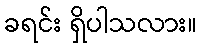
ခရင်း ရှိပါသလား။